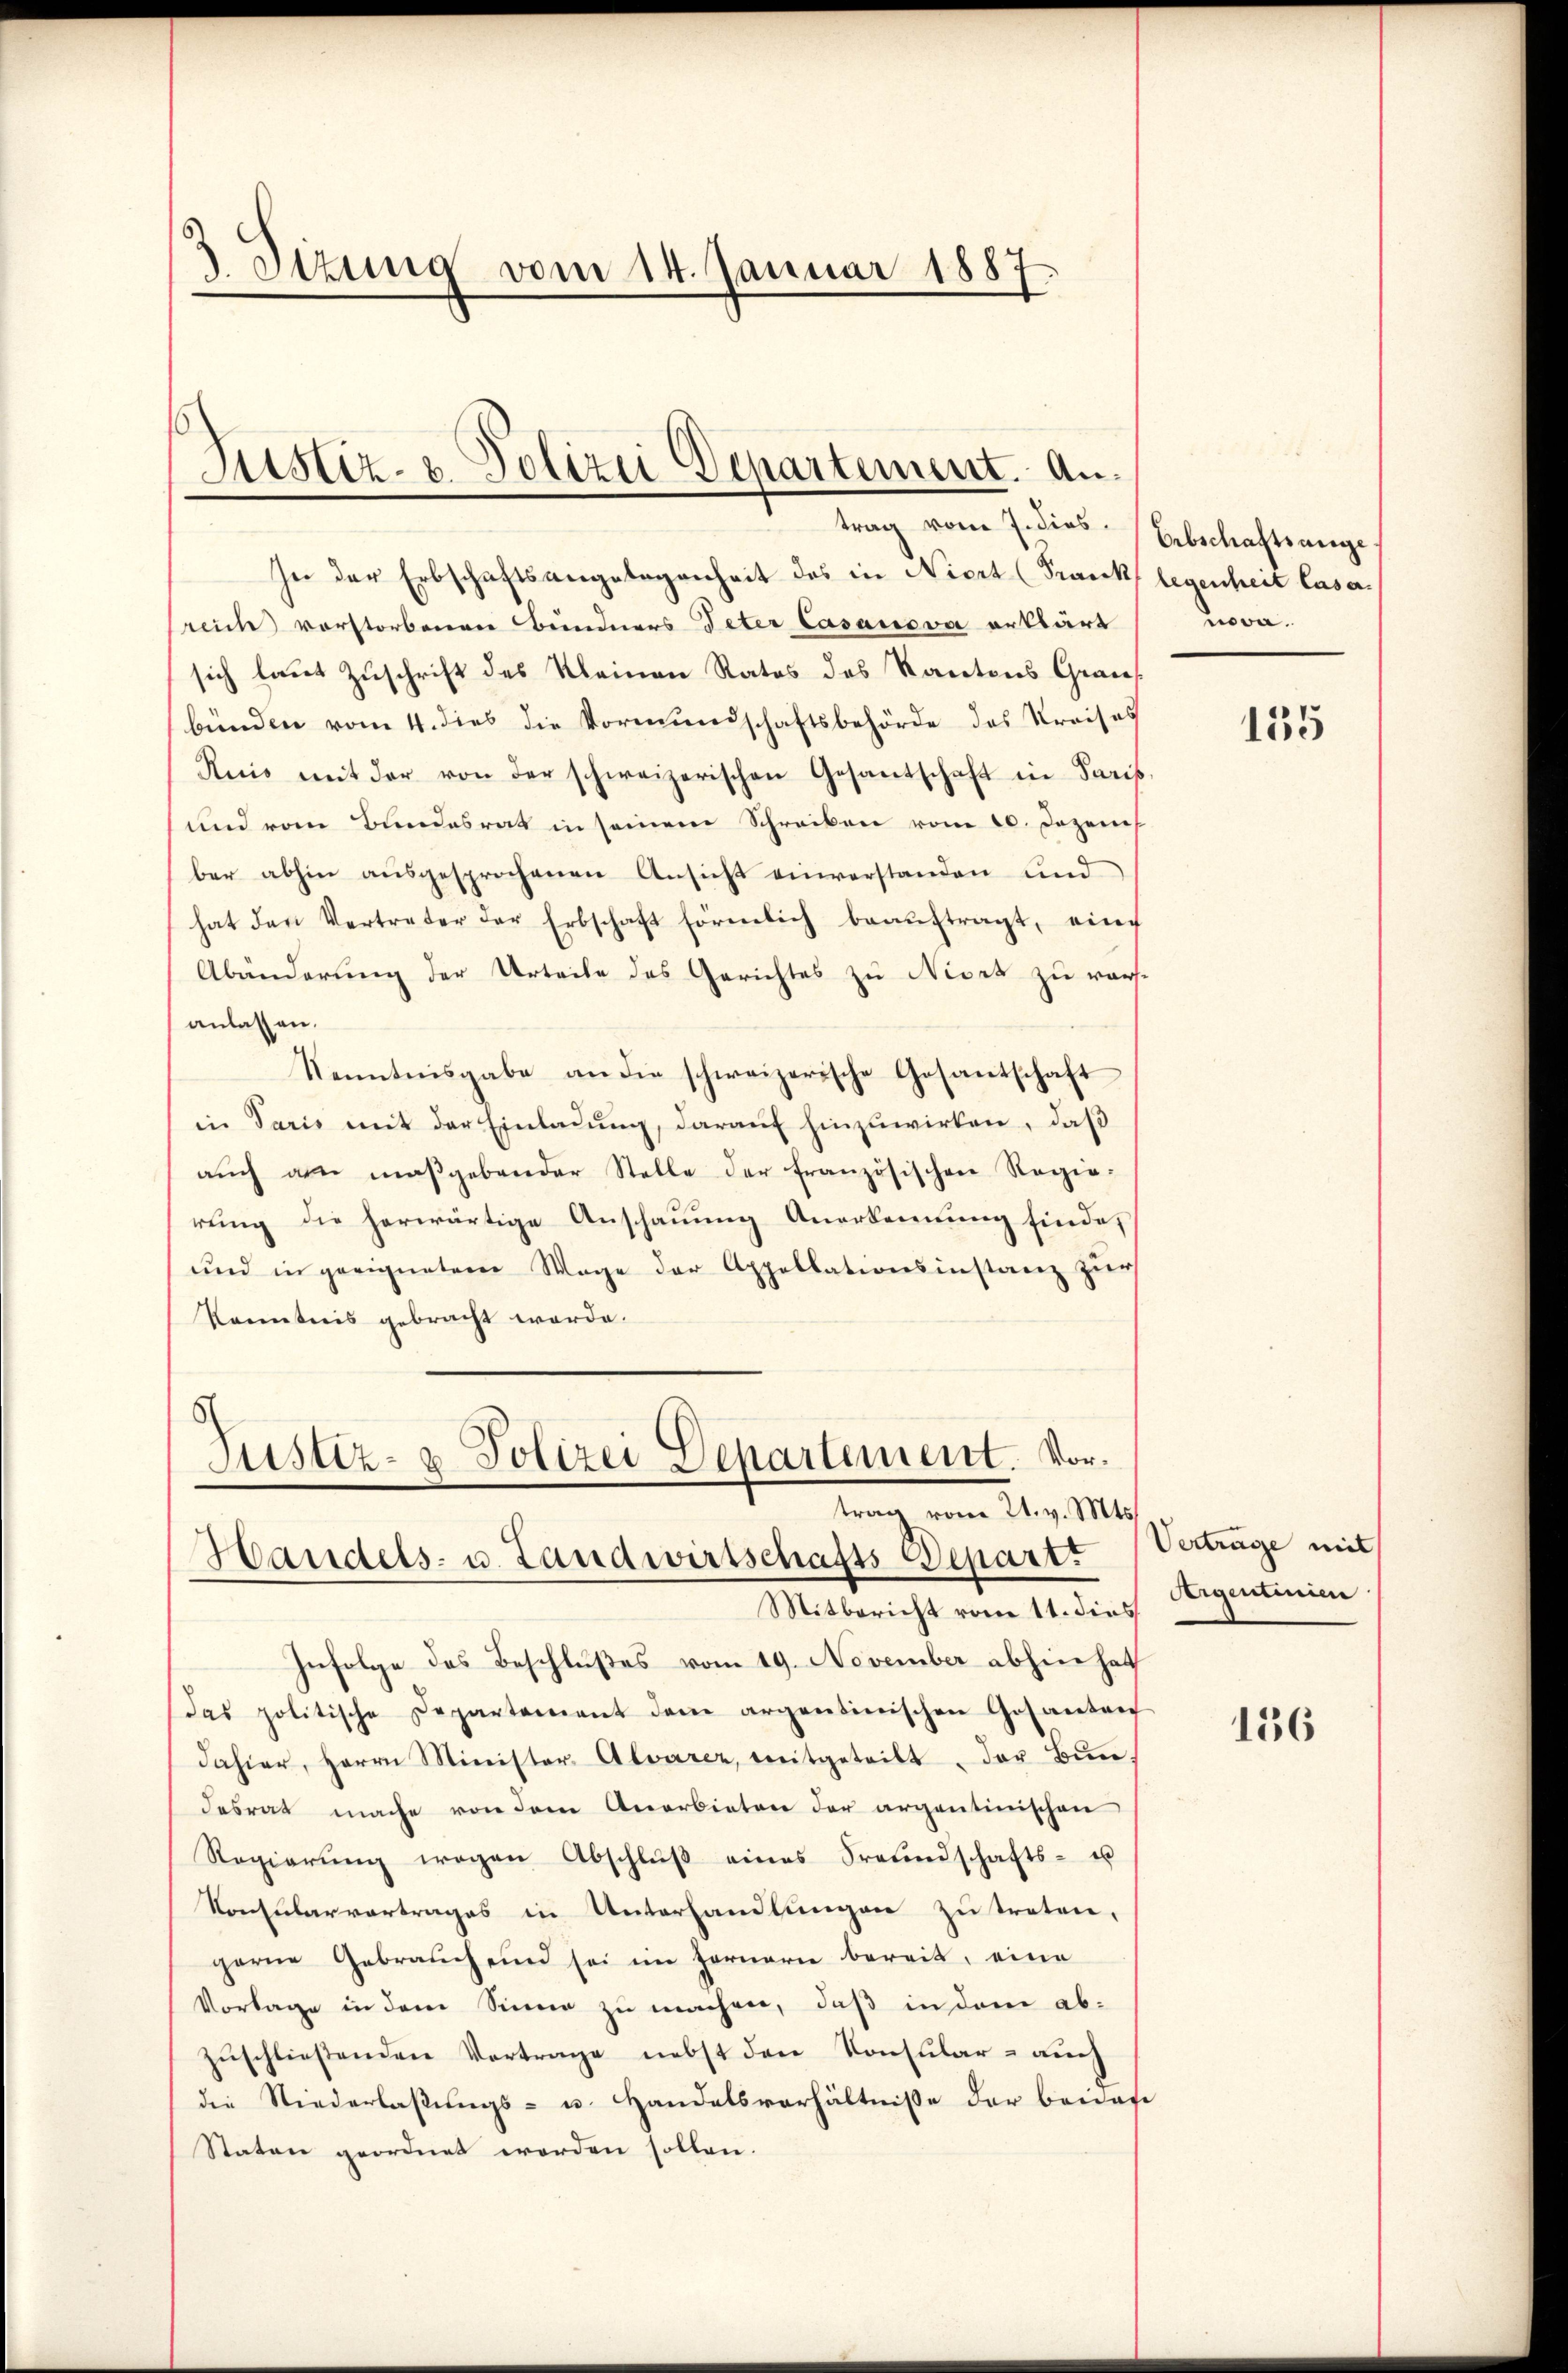
3 Dizung vom 14. Januar 1887

Justiz- & Polizei Departement. Antrag vom J. dies.

In der Erbschaftsangelegenheit des in Niert (Frank legenheit lasareich vorstorbenen Bündners Peter Casanova erklärt
sich laut Zuschrift des Kleinen Rates des Kantons Graus
bünden vom 4. dies die Vormundschaftsbehörde des Kreises
Ruis mit der von der schweizerischen Gesantschaft in Paris,
und vom Bundesrat in seinem Schreiben vom 20. Dezem
ber abhin aŭsgesprochenen Ansicht einverstanden und
hat den Vertreter der Erbschaft förmlich beaŭftragt, eine
Abänderung der Urteile des Gerichtes zu Nisch zu war
anlassen.
Kenntnisgabe an die schweizerische Gosantschaft
in Paris mit der Einladung, darauf hinzuwirken, daß
aŭch am maßgebender Stelle der französischen Regie-
rung die herwärtige Anschauung Anerkennung finde,
und in geeignetem Wage der Appellationsinstanz zur
Kenntnis gebracht werde.

Justiz- & Polizei Departement. Vortrag vom 21. v. Mts.
Handels- u. Landwirtschafts Depart.

Mitbericht vom 11. dies
Infolge des Beschlußes vom 19. November abhin hat
das politische Departement dem argentinischen Gosanten
dahier, Herrn Minister. Alvarer, mitgeteilt, der Bŭn-
desrat mache von dem Anerbieten der argentinischen
Regierŭng wegen Abschlŭβ eines Freundschafts- u
Konsularvertrages in Unterhandlungen zu treten,
gerne Gebrauch und sei im Fernern bereit, eine
Vorlage in dem Sinne zu machen, daß in dem abzuschließenden Vertrage nebst den Konsular - auch
die Niederlaßungs- u. Handelsverhältnisse der beidete
Staten geordnet worden sollen.

Erbschaftsangenova

135

Verträge mit
Argentinien

136